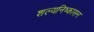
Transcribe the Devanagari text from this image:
शल्यनिष्कासन